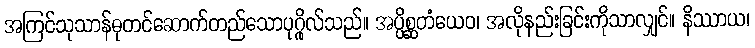
အကြင်သုသာန်ဓုတင်ဆောက်တည်သောပုဂ္ဂိုလ်သည်။ အပ္ပိစ္ဆတံယေဝ၊ အလိုနည်းခြင်းကိုသာလျှင်။ နိဿာယ၊